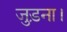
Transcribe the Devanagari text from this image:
जुड़ना।